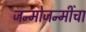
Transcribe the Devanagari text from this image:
जन्मोजन्मींचा